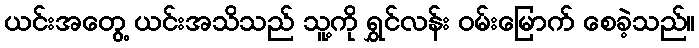
ယင်းအတွေ့ ယင်းအသိသည် သူ့ကို ရွှင်လန်း ဝမ်းမြောက် စေခဲ့သည်။